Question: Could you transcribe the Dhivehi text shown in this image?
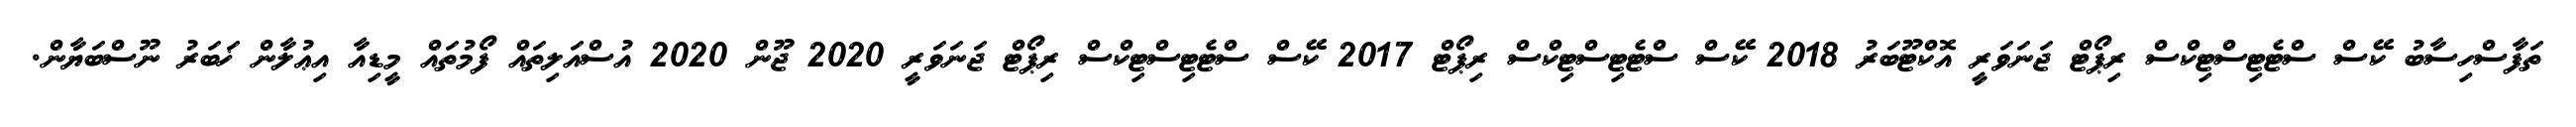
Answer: ތަފާސްހިސާބު ކޭސް ސްޓެޓިސްޓިކްސް ރިޕޯޓް ޖަނަވަރީ އޮކްޓޫބަރު 2018 ކޭސް ސްޓެޓިސްޓިކްސް ރިޕޯޓް 2017 ކޭސް ސްޓެޓިސްޓިކްސް ރިޕޯޓް ޖަނަވަރީ 2020 ޖޫން 2020 އުސްއަލިތައް ފޯމުތައް މީޑިއާ އިޢުލާން ޚަބަރު ނޫސްބަޔާން.